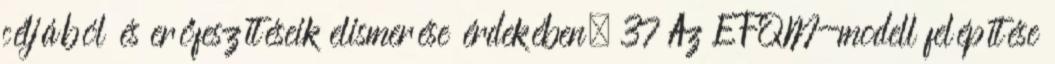
céljából és erőfeszítéseik elismerése érdekében. 37 Az EFQM-modell felépítése